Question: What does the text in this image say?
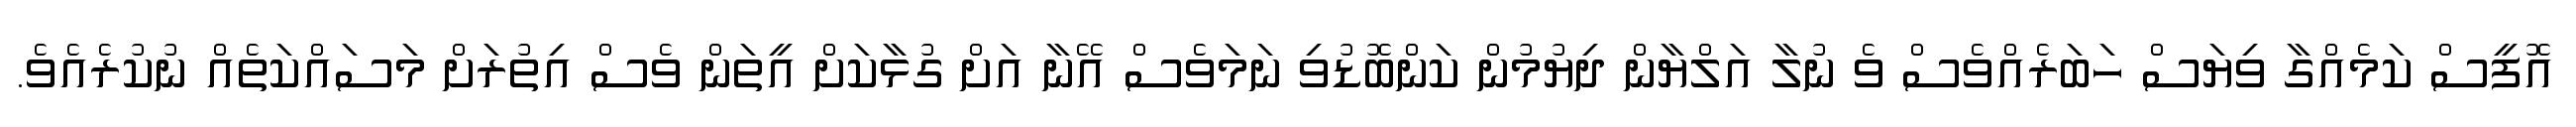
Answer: އޮފީސް ކަމެއްގާ ވިޔަސް ހަބަރެއްވެސް ވެ ނުލާ އަލްޔާން ދިޔުމުން ކަންބޮޑުވި ނަމަވެސް އޭނާ އަށް ގުޅާކަށް އީތަން ވެސް އިތުރަށް މަސައްކަތެއް ނުކުރެއެވެ.